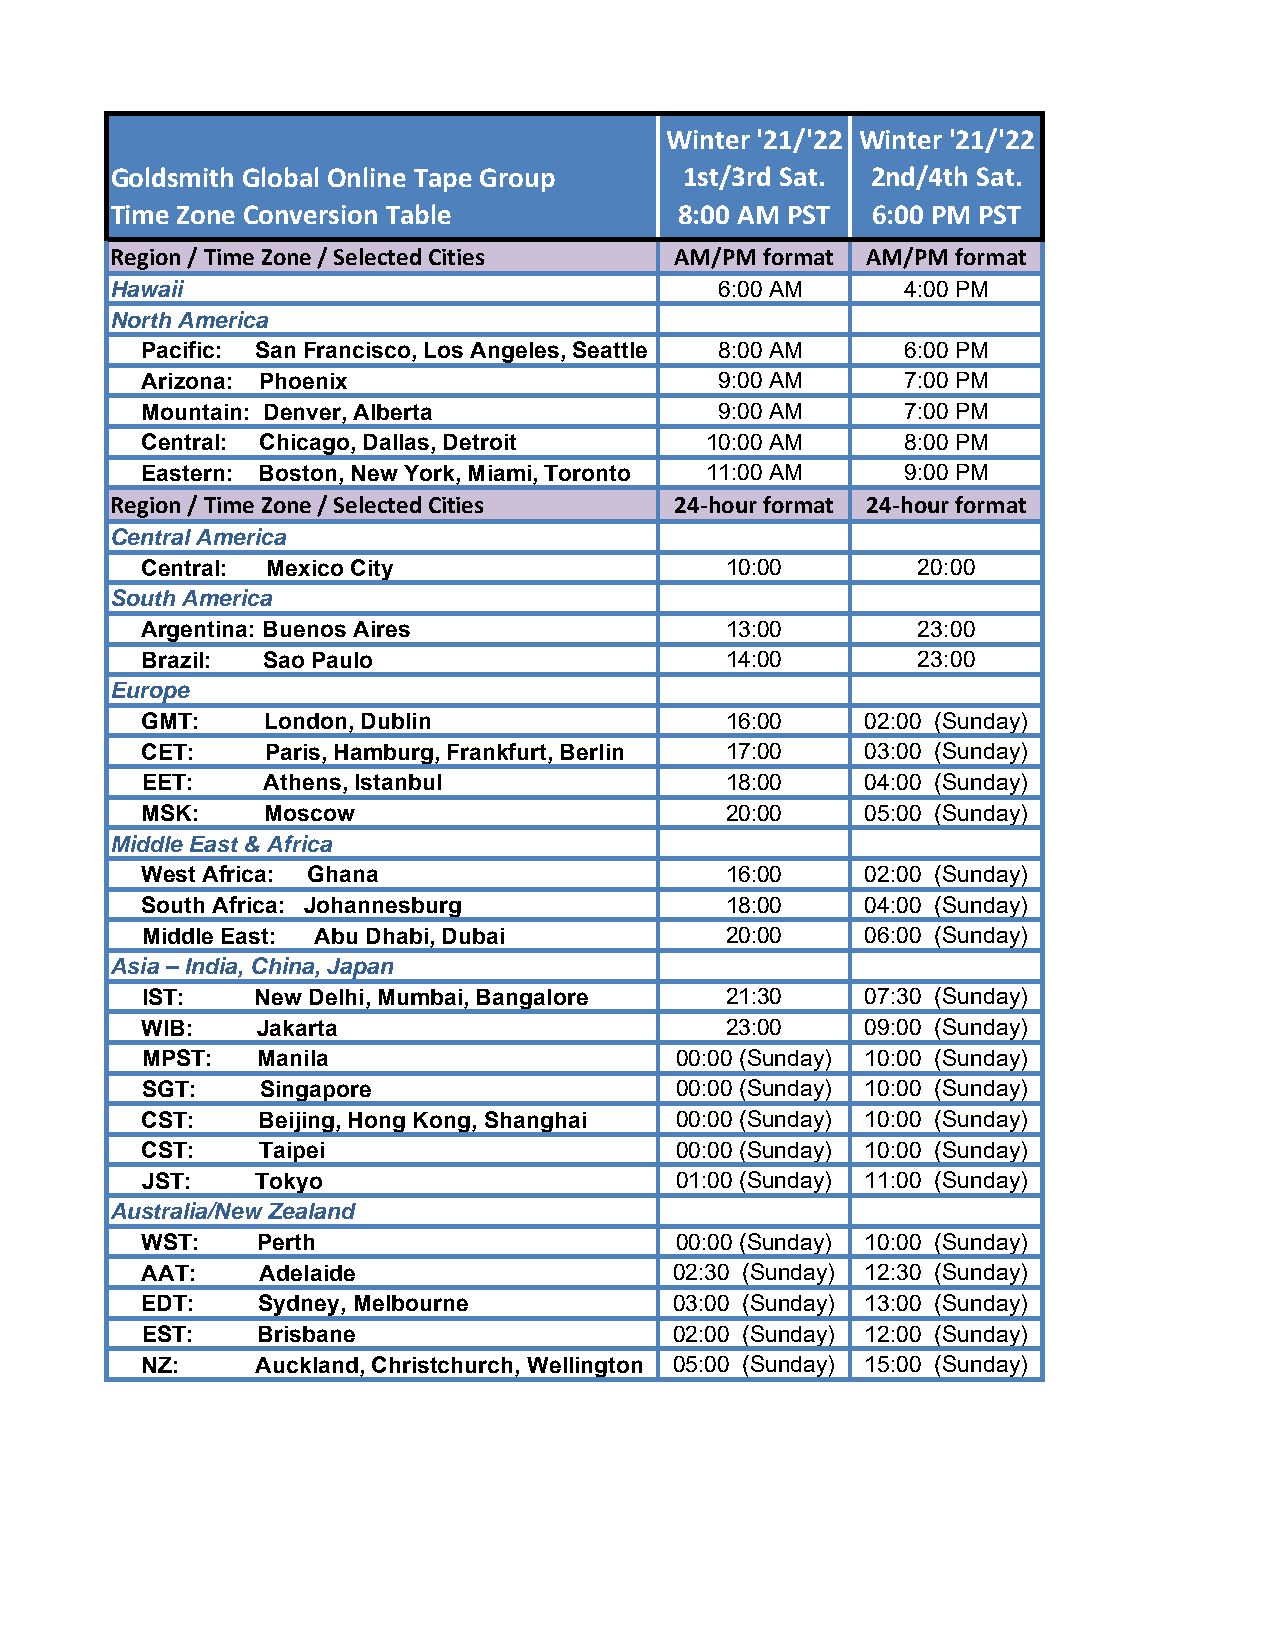
Winter '21/'22 Winter '21/'22
 Goldsmith Global Online Tape Group    1st/3rd Sat. 2nd/4th Sat.
 Time Zone Conversion Table            8:00 AM PST  6:00 PM PST
 Region / Time Zone / Selected Cities  AM/PM format AM/PM format
 Hawaii                                   6:00 AM     4:00 PM
 North America
 Pacific: San Francisco, Los Angeles, Seattle 8:00 AM 6:00 PM
 Arizona: Phoenix                       9:00 AM     7:00 PM
 Mountain: Denver, Alberta              9:00 AM     7:00 PM
 Central: Chicago, Dallas, Detroit     10:00 AM     8:00 PM
 Eastern: Boston, New York, Miami, Toronto 11:00 AM 9:00 PM
 Region / Time Zone / Selected Cities  24‐hour format 24‐hour format
 Central America
 Central: Mexico City                   10:00        20:00
 South America
 Argentina: Buenos Aires                13:00        23:00
 Brazil: Sao Paulo                      14:00        23:00
 Europe
 GMT:    London, Dublin                 16:00    02:00 (Sunday)
 CET:     Paris, Hamburg, Frankfurt, Berlin 17:00 03:00 (Sunday)
 EET:    Athens, Istanbul               18:00    04:00 (Sunday)
 MSK:    Moscow                         20:00    05:00 (Sunday)
 Middle East & Africa
 West Africa: Ghana                     16:00    02:00 (Sunday)
 South Africa: Johannesburg             18:00    04:00 (Sunday)
 Middle East: Abu Dhabi, Dubai          20:00    06:00 (Sunday)
 Asia – India, China, Japan
 IST:    New Delhi, Mumbai, Bangalore   21:30    07:30 (Sunday)
 WIB:    Jakarta                        23:00    09:00 (Sunday)
 MPST:   Manila                      00:00 (Sunday) 10:00 (Sunday)
 SGT:    Singapore                   00:00 (Sunday) 10:00 (Sunday)
 CST:    Beijing, Hong Kong, Shanghai 00:00 (Sunday) 10:00 (Sunday)
 CST:    Taipei                      00:00 (Sunday) 10:00 (Sunday)
 JST:    Tokyo                       01:00 (Sunday) 11:00 (Sunday)
 Australia/New Zealand
 WST:    Perth                       00:00 (Sunday) 10:00 (Sunday)
 AAT:    Adelaide                    02:30 (Sunday) 12:30 (Sunday)
 EDT:    Sydney, Melbourne           03:00 (Sunday) 13:00 (Sunday)
 EST:    Brisbane                    02:00 (Sunday) 12:00 (Sunday)
 NZ:     Auckland, Christchurch, Wellington 05:00 (Sunday) 15:00 (Sunday)